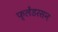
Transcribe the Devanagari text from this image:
फ्लेंडरसन